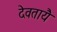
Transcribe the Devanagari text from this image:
देवतायै